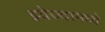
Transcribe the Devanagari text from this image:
झ्वेज्दामध्ये